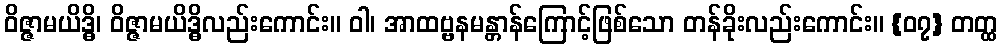
ဝိဇ္ဇာမယိဒ္ဓိ၊ ဝိဇ္ဇာမယိဒ္ဓိလည်းကောင်း။ ဝါ၊ အာထဗ္ဗနမန္တာန်ကြောင့်ဖြစ်သော တန်ခိုးလည်းကောင်း။ {၀၇} တတ္ထ